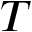
T